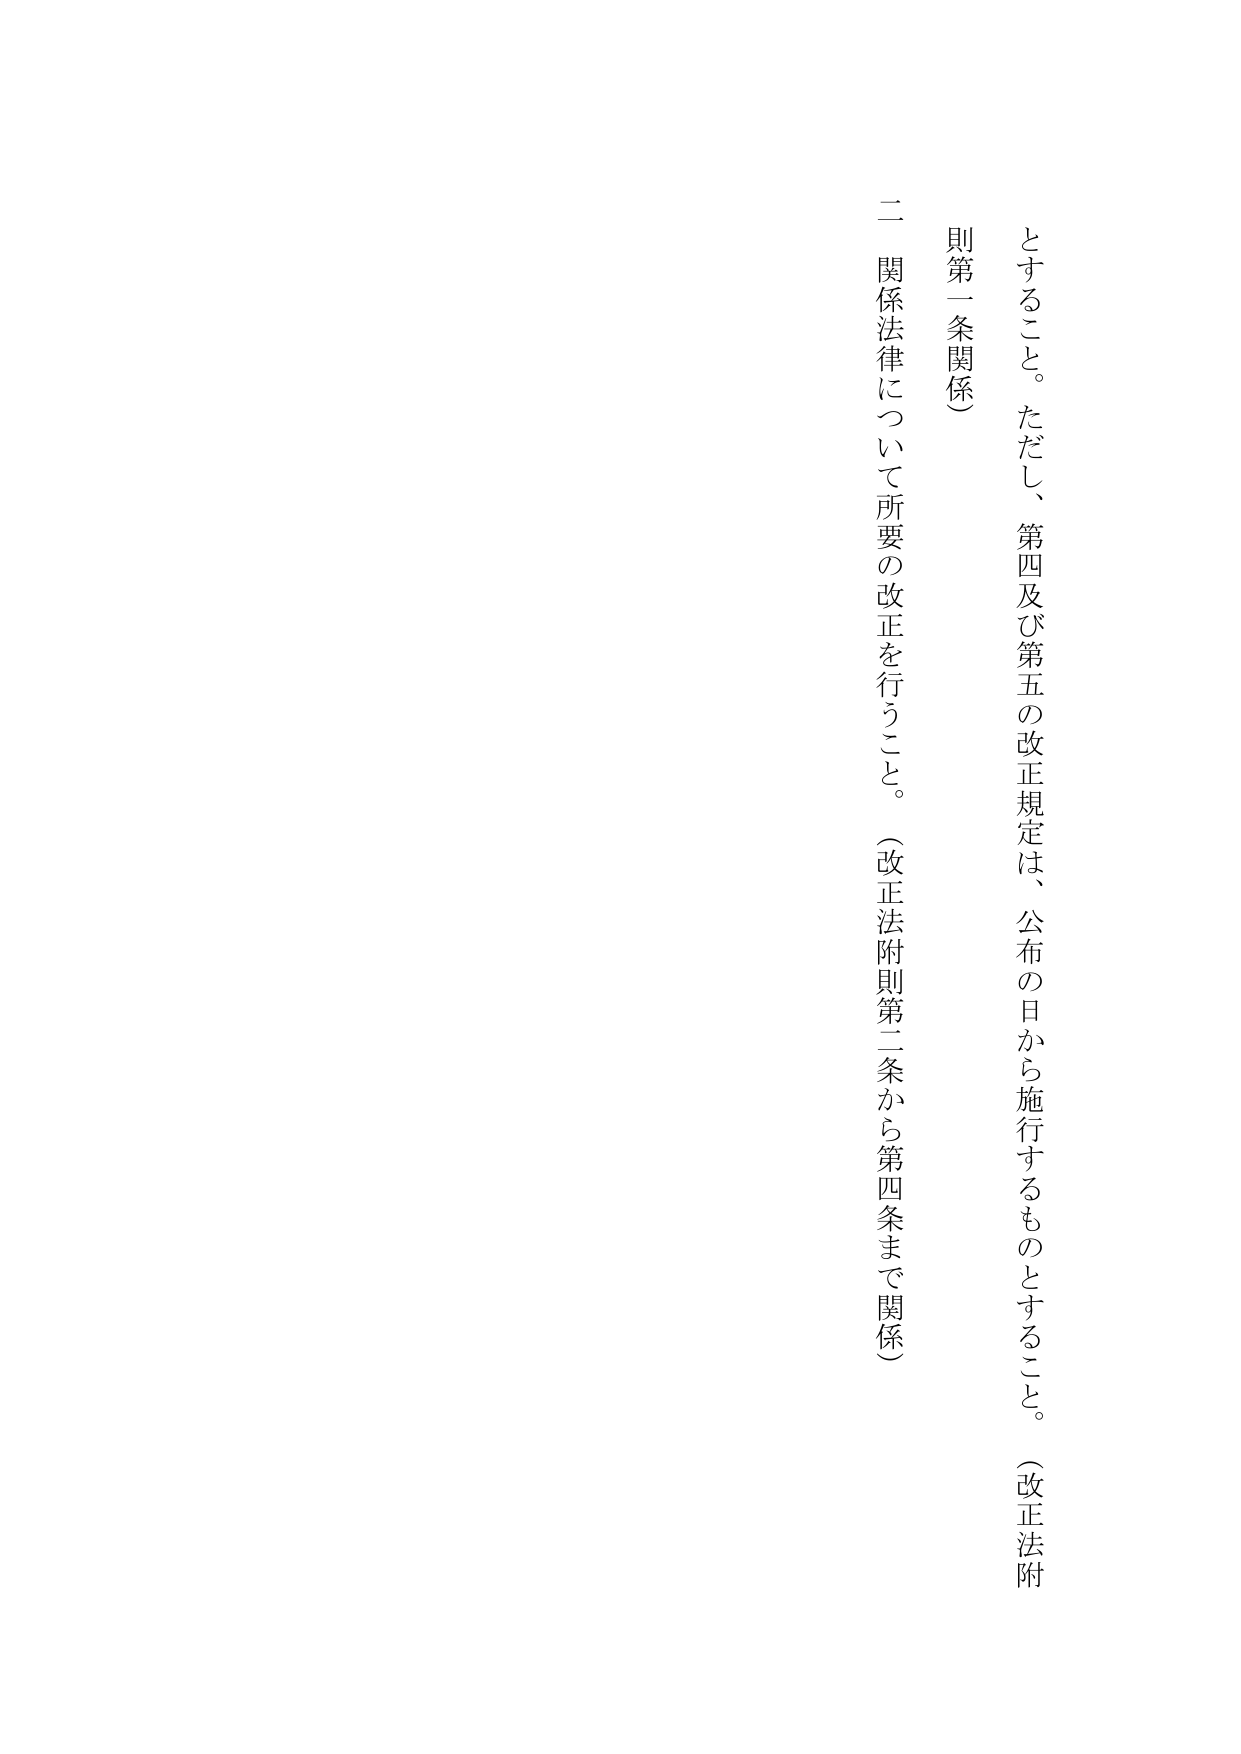
とするこ と。ただし、第四及び第五の改正規定は、公布の日から施行するものとすること。（改正法附
則第一条関係）
二 関係法律について所要の改正を行うこと。（改正法附則第二条から第四条まで関係）